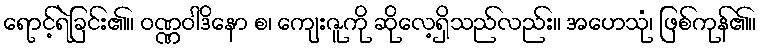
ရောင့်ရဲခြင်း၏။ ဝဏ္ဏဝါဒိနော စ၊ ကျေးဇူကို ဆိုလေ့ရှိသည်လည်း။ အဟေသုံ၊ ဖြစ်ကုန်၏။